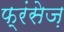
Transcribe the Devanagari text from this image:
फ्रंसेज़